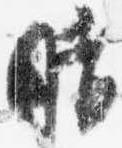
晴